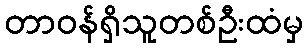
တာဝန်ရှိသူတစ်ဦးထံမှ